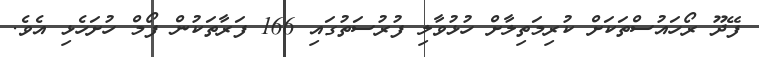
ފޭދޫ ރޯހައުސްތަކަށް ކުރިމަތިލާށް ހުޅުވާލި ފުރުސަތުގައި 166 ފަރާތަކުން ފޯމް ހުށަހެޅި އެވެ.